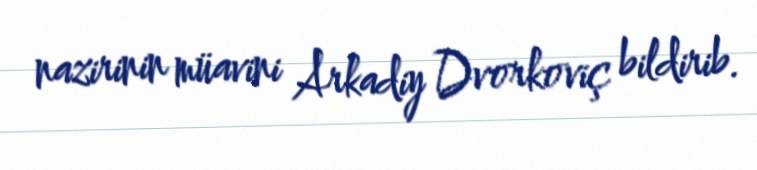
nazirinin müavini Arkadiy Dvorkoviç bildirib.